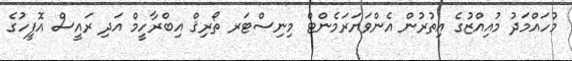
މުހައްމަދު މުއިއްޒުގެ އިތުރުން އެންވަޔަރަމެންޓް މިނިސްޓަރ ތޯރިޤް އިބްރާހީމް އަދި ރައީސް އޮފީހުގެ